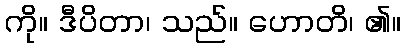
ကို။ ဒီပိတာ၊ သည်။ ဟောတိ၊ ၏။